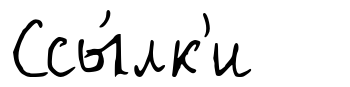
Ссы́лк'и